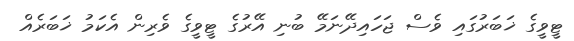
ޓީވީގެ ޚަބަރުގައި ވެސް ޖަހައިދޭނަމޭ ބުނި އޭރުގެ ޓީވީގެ ވެރިން އެކަމު ޚަބަރެއް